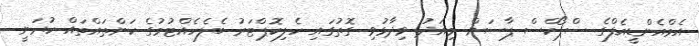
އެމްއެންޑީއެފްގެ ސްޕޯކްސް ޕާސަން މިއަދު ވިދާޅުވި ގޮތުގައި ހެލިކޮޕްޓަރު ބެލެހެއްޓުމުގެ ކަންތައްތައް ކުރަނީ